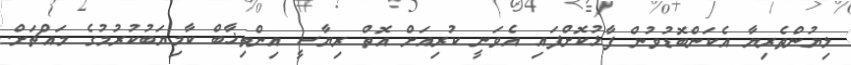
ލިޔުންތެރިޔާ އެކަންބޮޑުވުން ފާޅުކޮށްފައި އެވަނީ ކުރިއަށް އޮތް ރިޔާސީ އިންތިޚާބް ކާމިޔަބުކުރުމުގެ މައްޗަށް.